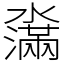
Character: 濷